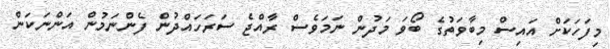
މިފަހަކަށް އައިސް މިބާވަތުގެ ބޯވަ މަދުން ނަމަވެސް ރާއްޖެ ސަރަހައްދުން ފެންނަމުން އަންނަކަން